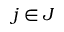
j \in J